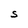
Character: S